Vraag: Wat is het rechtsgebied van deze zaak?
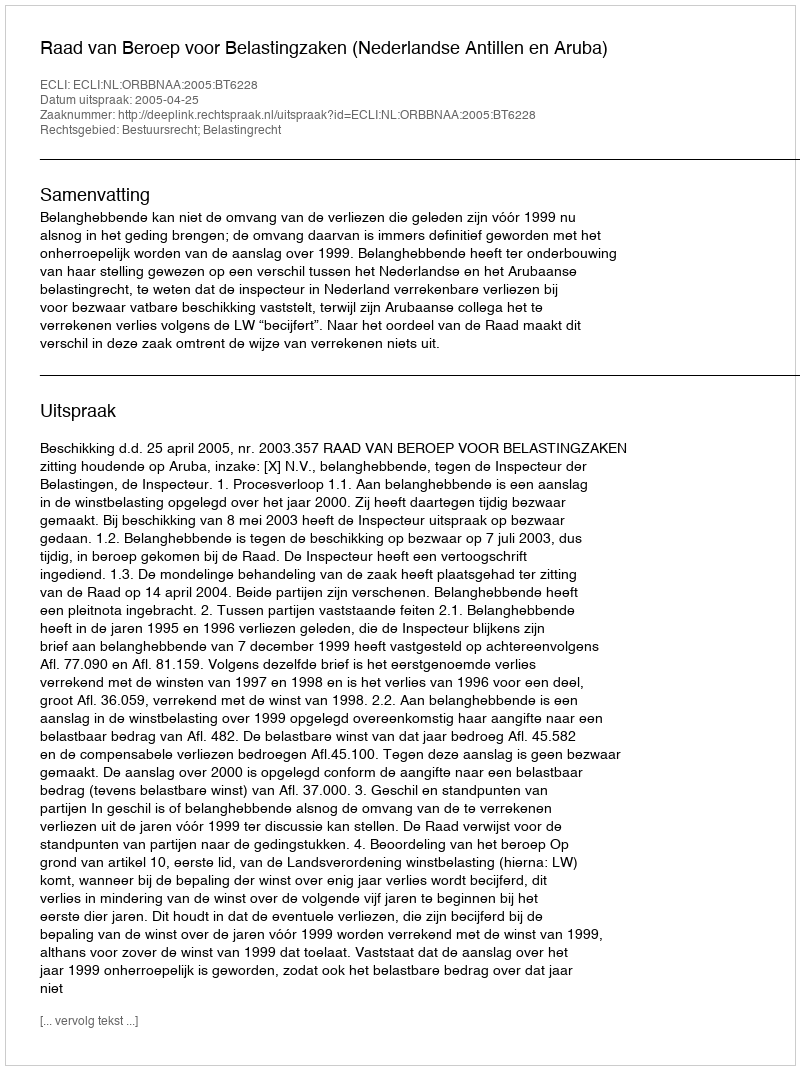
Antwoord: Bestuursrecht; Belastingrecht